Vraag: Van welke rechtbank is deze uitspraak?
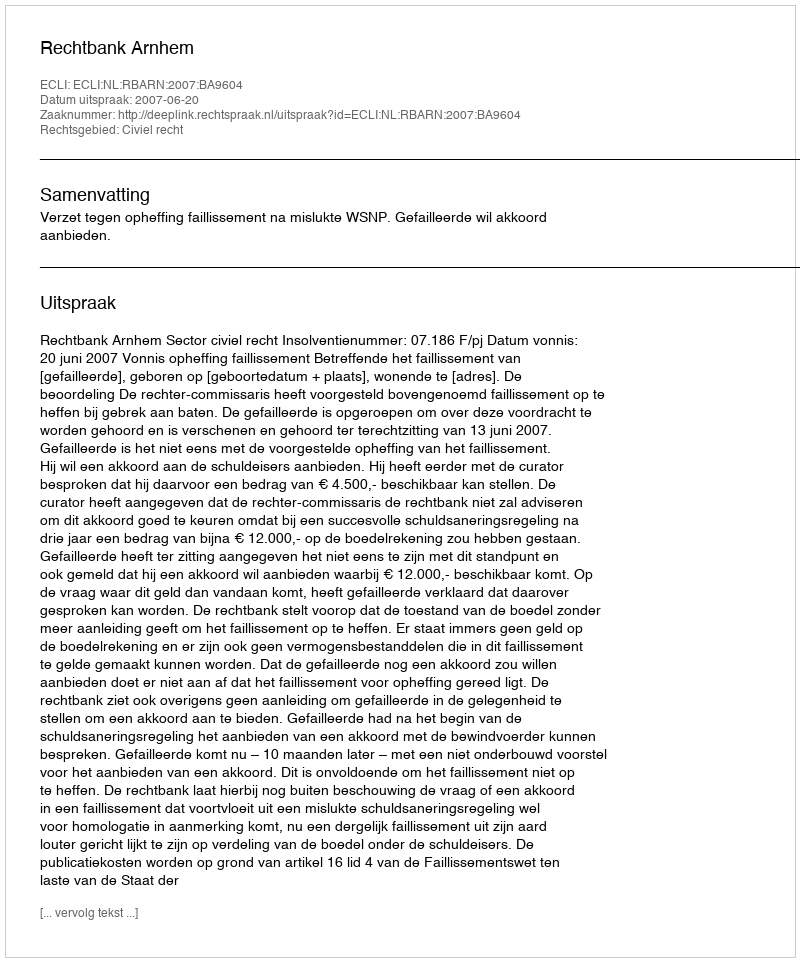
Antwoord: Rechtbank Arnhem